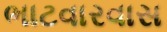
ભાટવારવાસ